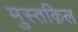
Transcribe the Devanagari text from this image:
मुस्तक़िल